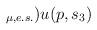
LaTeX: \begin{align*}_{\mu ,e.s.})u(p,s_{3})\end{align*}